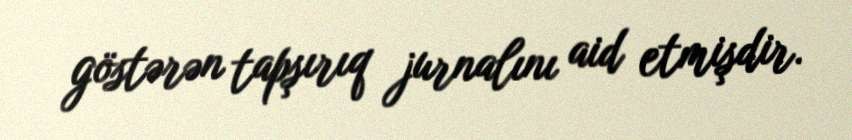
göstərən tapşırıq jurnalını aid etmişdir.